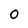
Character: 0